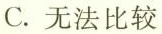
C.无法比较